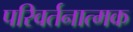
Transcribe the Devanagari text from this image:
परिवर्तनात्मक